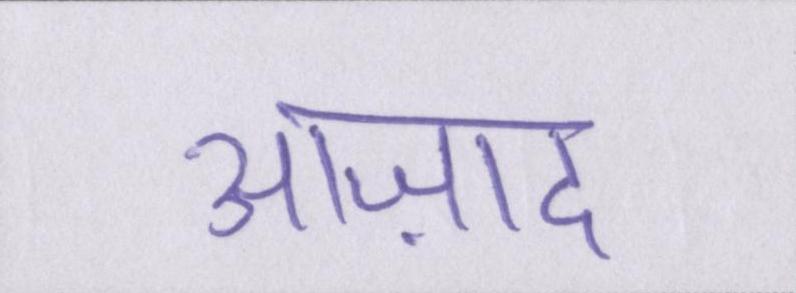
आज़ाद